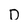
Character: D